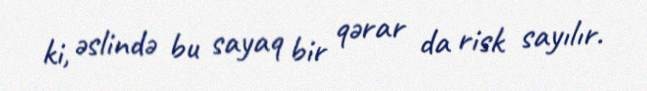
ki, əslində bu sayaq bir qərar da risk sayılır.